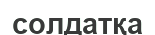
солдатқа